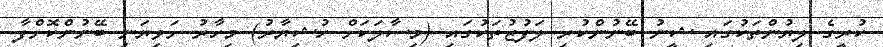
ކުރީގެ ލިޔުންތަކުގައި ޝީނު ބޭނުންކުރި ލަފުޒުތަކުގައި (މިސާލަކަށް ހުޝިޔާރު) މިހާރު ށަވިޔަނި ބޭނުންކޮށްފާ